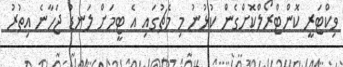
ވިކްޓަރީ ކޮންޓްރޯލްކޮށްގެން ކުޅުނު މި މެޗުގައި އެ ޓީމަށް ލަނޑު ޖަހާނެ އިތުރު